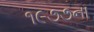
૧૯૭૭ના